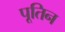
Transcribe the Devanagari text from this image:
पूतिन